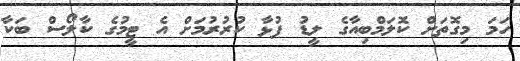
ހަަމަ މިގޮތަށް ކޮލަމްބިއާގެ ލީޑު ފުޅާ ކުރުރުމަށް އެ ޓީމުގެ ކާލޯސް ބަކާ